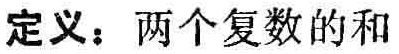
定义：两个复数的和